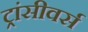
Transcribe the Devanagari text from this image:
ट्रांसीवर्स